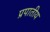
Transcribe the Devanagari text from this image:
प्रपातीय